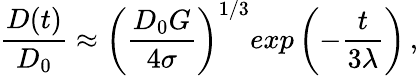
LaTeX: \frac{D(t)}{D_{0}}\approx\left(\frac{D_{0}G}{4\sigma}\right)^{1/3}exp\left(-\frac{t}{3\lambda}\right)\, ,